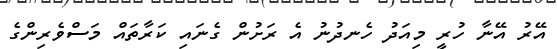
އޭރު އޭނާ ހުރީ މިއަދު ހެނދުނު އެ ރަށުން ގެނައި ކަރާތައް މަސްވެރިންގެ